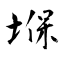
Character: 堢